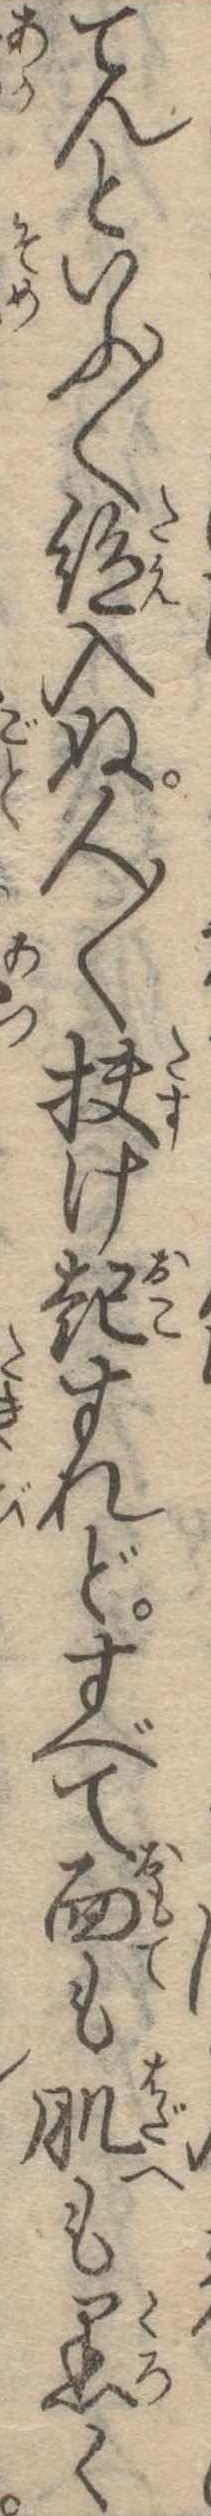
てんといふ〱絶入ぬ人〱扶け起すれどすべて面も肌も黒く